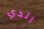
الذي